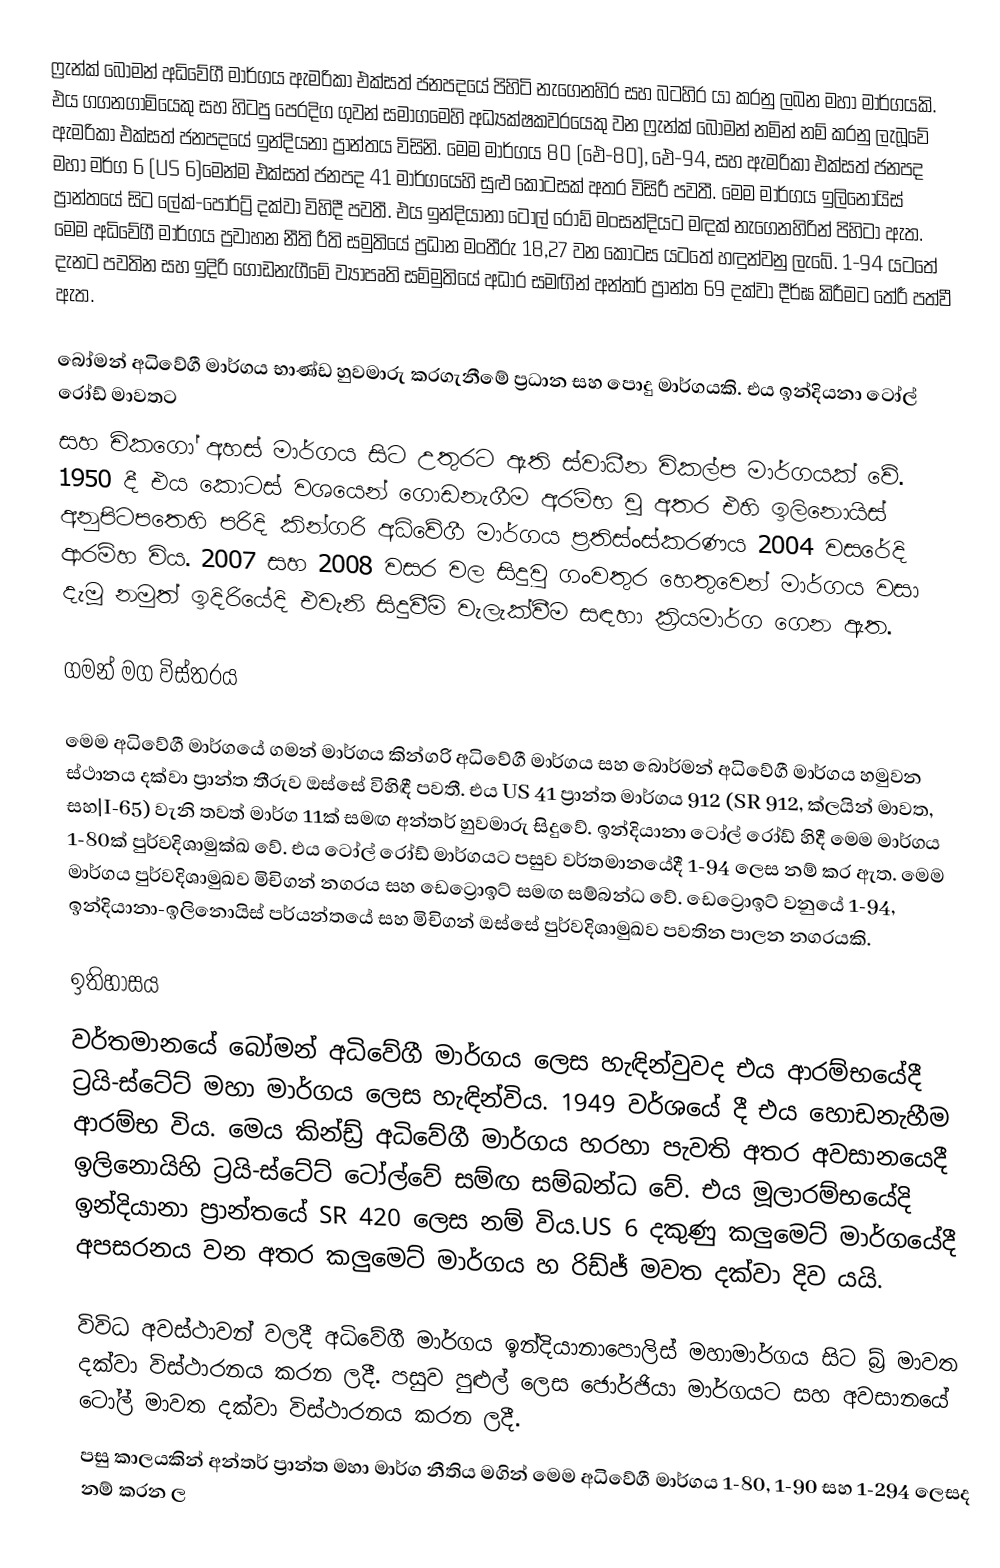
ෆ්‍රැන්ක් බෝමන් අධිවේගී මාර්ගය ඇමරිකා එක්සත් ජනපදයේ පිහිටි නැගෙනහිර සහ බටහිර යා කරනු ලබන මහා මාර්ගයකි. එය ගගනගාමියෙකු සහ හිටපු පෙරදිග ගුවන් සමාගමෙහි අධ්‍යක්ෂකවරයෙකු වන ෆ්‍රැන්ක් බෝමන් නමින් නම් කරනු ලැබූවේ ඇමරිකා එක්සත් ජනපදයේ ඉන්දියනා ප්‍රාන්තය විසිනි. මෙම මාර්ගය 80 (ඓ-80), ඓ-94, සහ ඇමරිකා එක්සත් ජනපද මහා මර්ග 6 (US 6)මෙන්ම එක්සත් ජනපද 41 මාර්ගයෙහි සුළු කොටසක් අතර විසිරී පවතී. මෙම මාර්ගය ඉලිනොයිස් ප්‍රාන්තයේ සිට ලේක්-පෝර්ට්‍ර් දක්වා විහිදී පවතී. එය ඉන්දියානා ටෝල් රෝඩ් මංසන්දියට මඳක් නැගෙනහිරින් පිහිටා ඇත. මෙම අධිවේගී මාර්ගය ප්‍රවාහන නීති රීති සමුතියේ ප්‍රධාන  මංතීරු 18,27 වන කොටස යටතේ හඳුන්වනු ලැබේ. 1-94 යටතේ දැනට පවතින සහ ‍ඉදිරි ගොඩනැගීමේ ව්‍යාපෘති සම්මුතියේ අධාර සමඟින් අන්තර් ප්‍රාන්ත 69 දක්වා දීර්ඝ කිරීමට තේරී පත්වී ඇත.

බෝමන් අධිවේගී මාර්ගය භාණ්ඩ හුවමාරු කරගැනීමේ ප්‍රධාන සහ පොදු මාර්ගයකි. එය ඉන්දියනා ටෝල් රෝඩ් මාවතට
සහ චිකගෝ අහස් මාර්ගය සිට උතුරට ඇති ස්වාධීන විකල්ප මාර්ගයක් වේ. 1950 දී එය කොටස් වශයෙන් ගොඩනැගීම අරම්භ වූ අතර එහි ඉලිනොයිස් අනුපිටපතෙහි පරිදි කින්ගරි අධිවේගී මාර්ගය ප්‍රතිස්ංස්කරණය 2004 වසරේදි ආරම්හ විය. 2007 සහ 2008 වසර වල සිදුවු ගංවතුර හෙතුවෙන් මාර්ගය වසා දැමූ නමුත් ඉදිරියේදි එවැනි සිදුවීම් වැලැක්වීම සඳහා ක්‍රියමාර්ග ගෙන ඇත.

ගමන් මග විස්තරය

මෙම අධිවේගී මාර්ගයේ ගමන් මාර්ගය කින්ගරි අධිවේගී මාර්ගය සහ බොර්මන් අධිවේගී මාර්ගය හමුවන ස්ථානය දක්වා ප්‍රාන්ත තීරුව ඔස්සේ විහිඳී පවතී. එය US 41 ප්‍රාන්ත මාර්ගය 912 (SR 912, ක්ලයින් මාවත, සහ|I-65) වැනි තවත් මාර්ග 11ක් සමඟ අන්තර් හුවමාරු සිදුවේ. ඉන්දියානා ටෝල් රෝඩ් හිදී මෙම මාර්ගය 1-80ක් පුර්වදිශාමුක්ඛ වේ. එය ටෝල් රෝඩ් මාර්ගයට පසුව වර්තමානයේදී 1-94 ලෙස නම් කර ඇත. මෙම මාර්ගය පුර්වදිශාමුඛව මිචිගන් නගරය සහ ඩෙට්‍රොඉට් සමඟ සම්බන්ධ වේ. ඩෙට්‍රොඉට් වනුයේ 1-94, ඉන්දියානා-ඉලිනොයිස් පර්යන්තයේ සහ මිචිගන් ඔස්සේ පුර්වදිශාමුඛව පවතින පාලන නගරයකි.

ඉතිහාසය
වර්තමානයේ බෝමන් අධිවේගී මාර්ගය ලෙස හැඳින්වුවද එය ආරම්භයේදී ට්‍රයි-ස්ටේට් මහා මාර්ගය ලෙස හැඳින්විය. 1949 වර්ශයේ දී එය හොඩනැහීම ආරම්භ විය. මෙය කින්ඩ්‍ර් අධිවේගී මාර්ගය හරහා පැවති අතර අවසානයෙදී  ඉලිනොයිහි ට්‍රයි-ස්ටේට් ටෝල්වේ සම්ඟ සම්බන්ධ වේ.  එය මූලාරම්භයේදි ඉන්දියානා  ප්‍රාන්තයේ SR 420 ලෙස නම් විය.US 6 දකුණු කලුමෙට් මාර්ගයේදී අපසරනය වන අතර කලුමෙට් මාර්ගය හ රිඩ්ජ් මවත  දක්වා දිව යයි.

විවිධ අවස්ථාවන් වලදී අධිවේගී මාර්ගය ඉන්දියානාපොලිස් මහාමාර්ගය සිට බ්‍ර් මාවත දක්වා විස්ථාරනය කරන ලදී. පසුව පුළුල් ලෙස ජොර්ජියා මාර්ගයට සහ අවසානයේ ටෝල් මාවත  දක්වා විස්ථාරනය කරන ලදී.
පසු කාලයකින් අන්තර් ප්‍රාන්ත මහා මාර්ග නීතිය මගින් මෙම අධිවේගී මාර්ගය 1-80, 1-90 සහ 1-294 ලෙසද නම් කරන ල